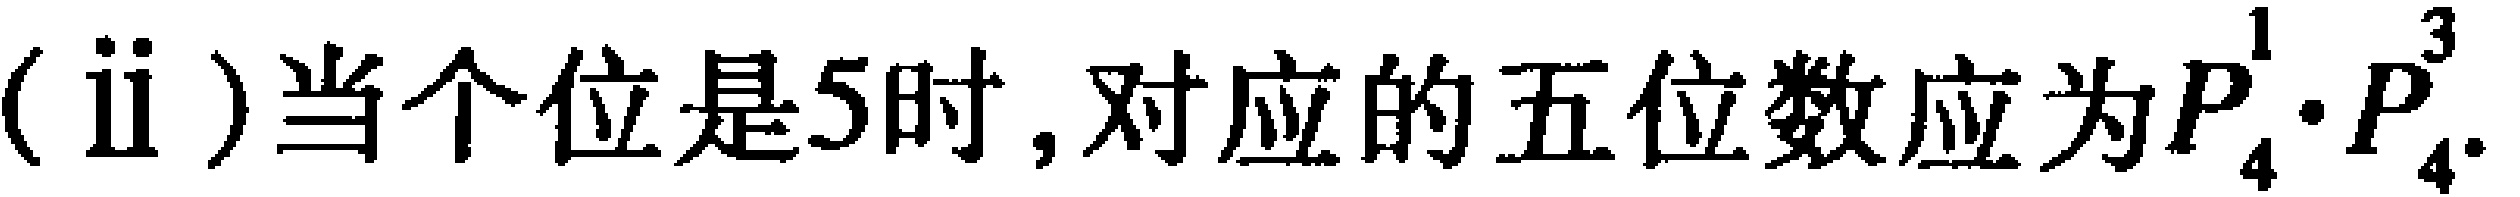
(ii)当个位是5时,对应的五位数应为$P_{4}^{1}\cdot P_{4}^{3}$.